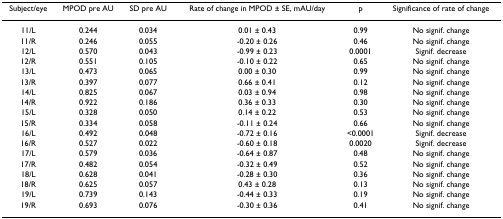
<table><thead><tr><td><b>Subject/eye</b></td><td><b>MPOD pre AU</b></td><td><b>SD pre AU</b></td><td><b>Rate of change in MPOD ± SE, mAU/day</b></td><td><b>p</b></td><td><b>Significance of rate of change</b></td></tr></thead><tbody><tr><td>11/L</td><td>0.244</td><td>0.034</td><td>0.01 ± 0.43</td><td>0.99</td><td>No signif. change</td></tr><tr><td>11/R</td><td>0.246</td><td>0.055</td><td>-0.20 ± 0.26</td><td>0.46</td><td>No signif. change</td></tr><tr><td>12/L</td><td>0.570</td><td>0.043</td><td>-0.99 ± 0.23</td><td>0.0001</td><td>Signif. decrease</td></tr><tr><td>12/R</td><td>0.551</td><td>0.105</td><td>-0.10 ± 0.22</td><td>0.65</td><td>No signif. change</td></tr><tr><td>13/L</td><td>0.473</td><td>0.065</td><td>0.00 ± 0.30</td><td>0.99</td><td>No signif. change</td></tr><tr><td>13/R</td><td>0.397</td><td>0.077</td><td>0.66 ± 0.41</td><td>0.12</td><td>No signif. change</td></tr><tr><td>14/L</td><td>0.825</td><td>0.067</td><td>0.03 ± 0.94</td><td>0.98</td><td>No signif. change</td></tr><tr><td>14/R</td><td>0.922</td><td>0.186</td><td>0.36 ± 0.33</td><td>0.30</td><td>No signif. change</td></tr><tr><td>15/L</td><td>0.328</td><td>0.050</td><td>0.14 ± 0.22</td><td>0.53</td><td>No signif. change</td></tr><tr><td>15/R</td><td>0.334</td><td>0.058</td><td>-0.11 ± 0.24</td><td>0.66</td><td>No signif. change</td></tr><tr><td>16/L</td><td>0.492</td><td>0.048</td><td>-0.72 ± 0.16</td><td>&lt;0.0001</td><td>Signif. decrease</td></tr><tr><td>16/R</td><td>0.527</td><td>0.022</td><td>-0.60 ± 0.18</td><td>0.0020</td><td>Signif. decrease</td></tr><tr><td>17/L</td><td>0.579</td><td>0.036</td><td>-0.64 ± 0.87</td><td>0.48</td><td>No signif. change</td></tr><tr><td>17/R</td><td>0.482</td><td>0.054</td><td>-0.32 ± 0.49</td><td>0.52</td><td>No signif. change</td></tr><tr><td>18/L</td><td>0.628</td><td>0.041</td><td>-0.28 ± 0.30</td><td>0.36</td><td>No signif. change</td></tr><tr><td>18/R</td><td>0.625</td><td>0.057</td><td>0.43 ± 0.28</td><td>0.13</td><td>No signif. change</td></tr><tr><td>19/L</td><td>0.739</td><td>0.143</td><td>-0.44 ± 0.33</td><td>0.19</td><td>No signif. change</td></tr><tr><td>19/R</td><td>0.693</td><td>0.076</td><td>-0.30 ± 0.36</td><td>0.41</td><td>No signif. change</td></tr></tbody></table>